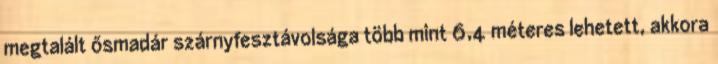
megtalált ősmadár szárnyfesztávolsága több mint 6,4 méteres lehetett, akkora